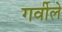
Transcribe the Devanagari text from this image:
गर्वीले